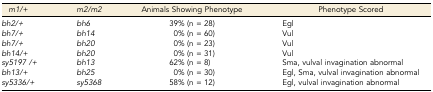
<table><thead><tr><td><b><i>m1/+</i></b></td><td><b><i>m2/m2</i></b></td><td><b>Animals Showing Phenotype</b></td><td><b>Phenotype Scored</b></td></tr></thead><tbody><tr><td><i>bh2/+</i></td><td><i>bh6</i></td><td>39% (n = 28)</td><td>Egl</td></tr><tr><td><i>bh7/+</i></td><td><i>bh14</i></td><td>0% (n = 60)</td><td>Vul</td></tr><tr><td><i>bh7/+</i></td><td><i>bh20</i></td><td>0% (n = 23)</td><td>Vul</td></tr><tr><td><i>bh14/+</i></td><td><i>bh20</i></td><td>0% (n = 31)</td><td>Vul</td></tr><tr><td><i>sy5197 /+</i></td><td><i>bh13</i></td><td>62% (n = 8)</td><td>Sma, vulval invagination abnormal</td></tr><tr><td><i>bh13/+</i></td><td><i>bh25</i></td><td>0% (n = 30)</td><td>Egl, Sma, vulval invagination abnormal</td></tr><tr><td><i>sy5336/+</i></td><td><i>sy5368</i></td><td>58% (n = 12)</td><td>Egl, vulval invagination abnormal</td></tr></tbody></table>